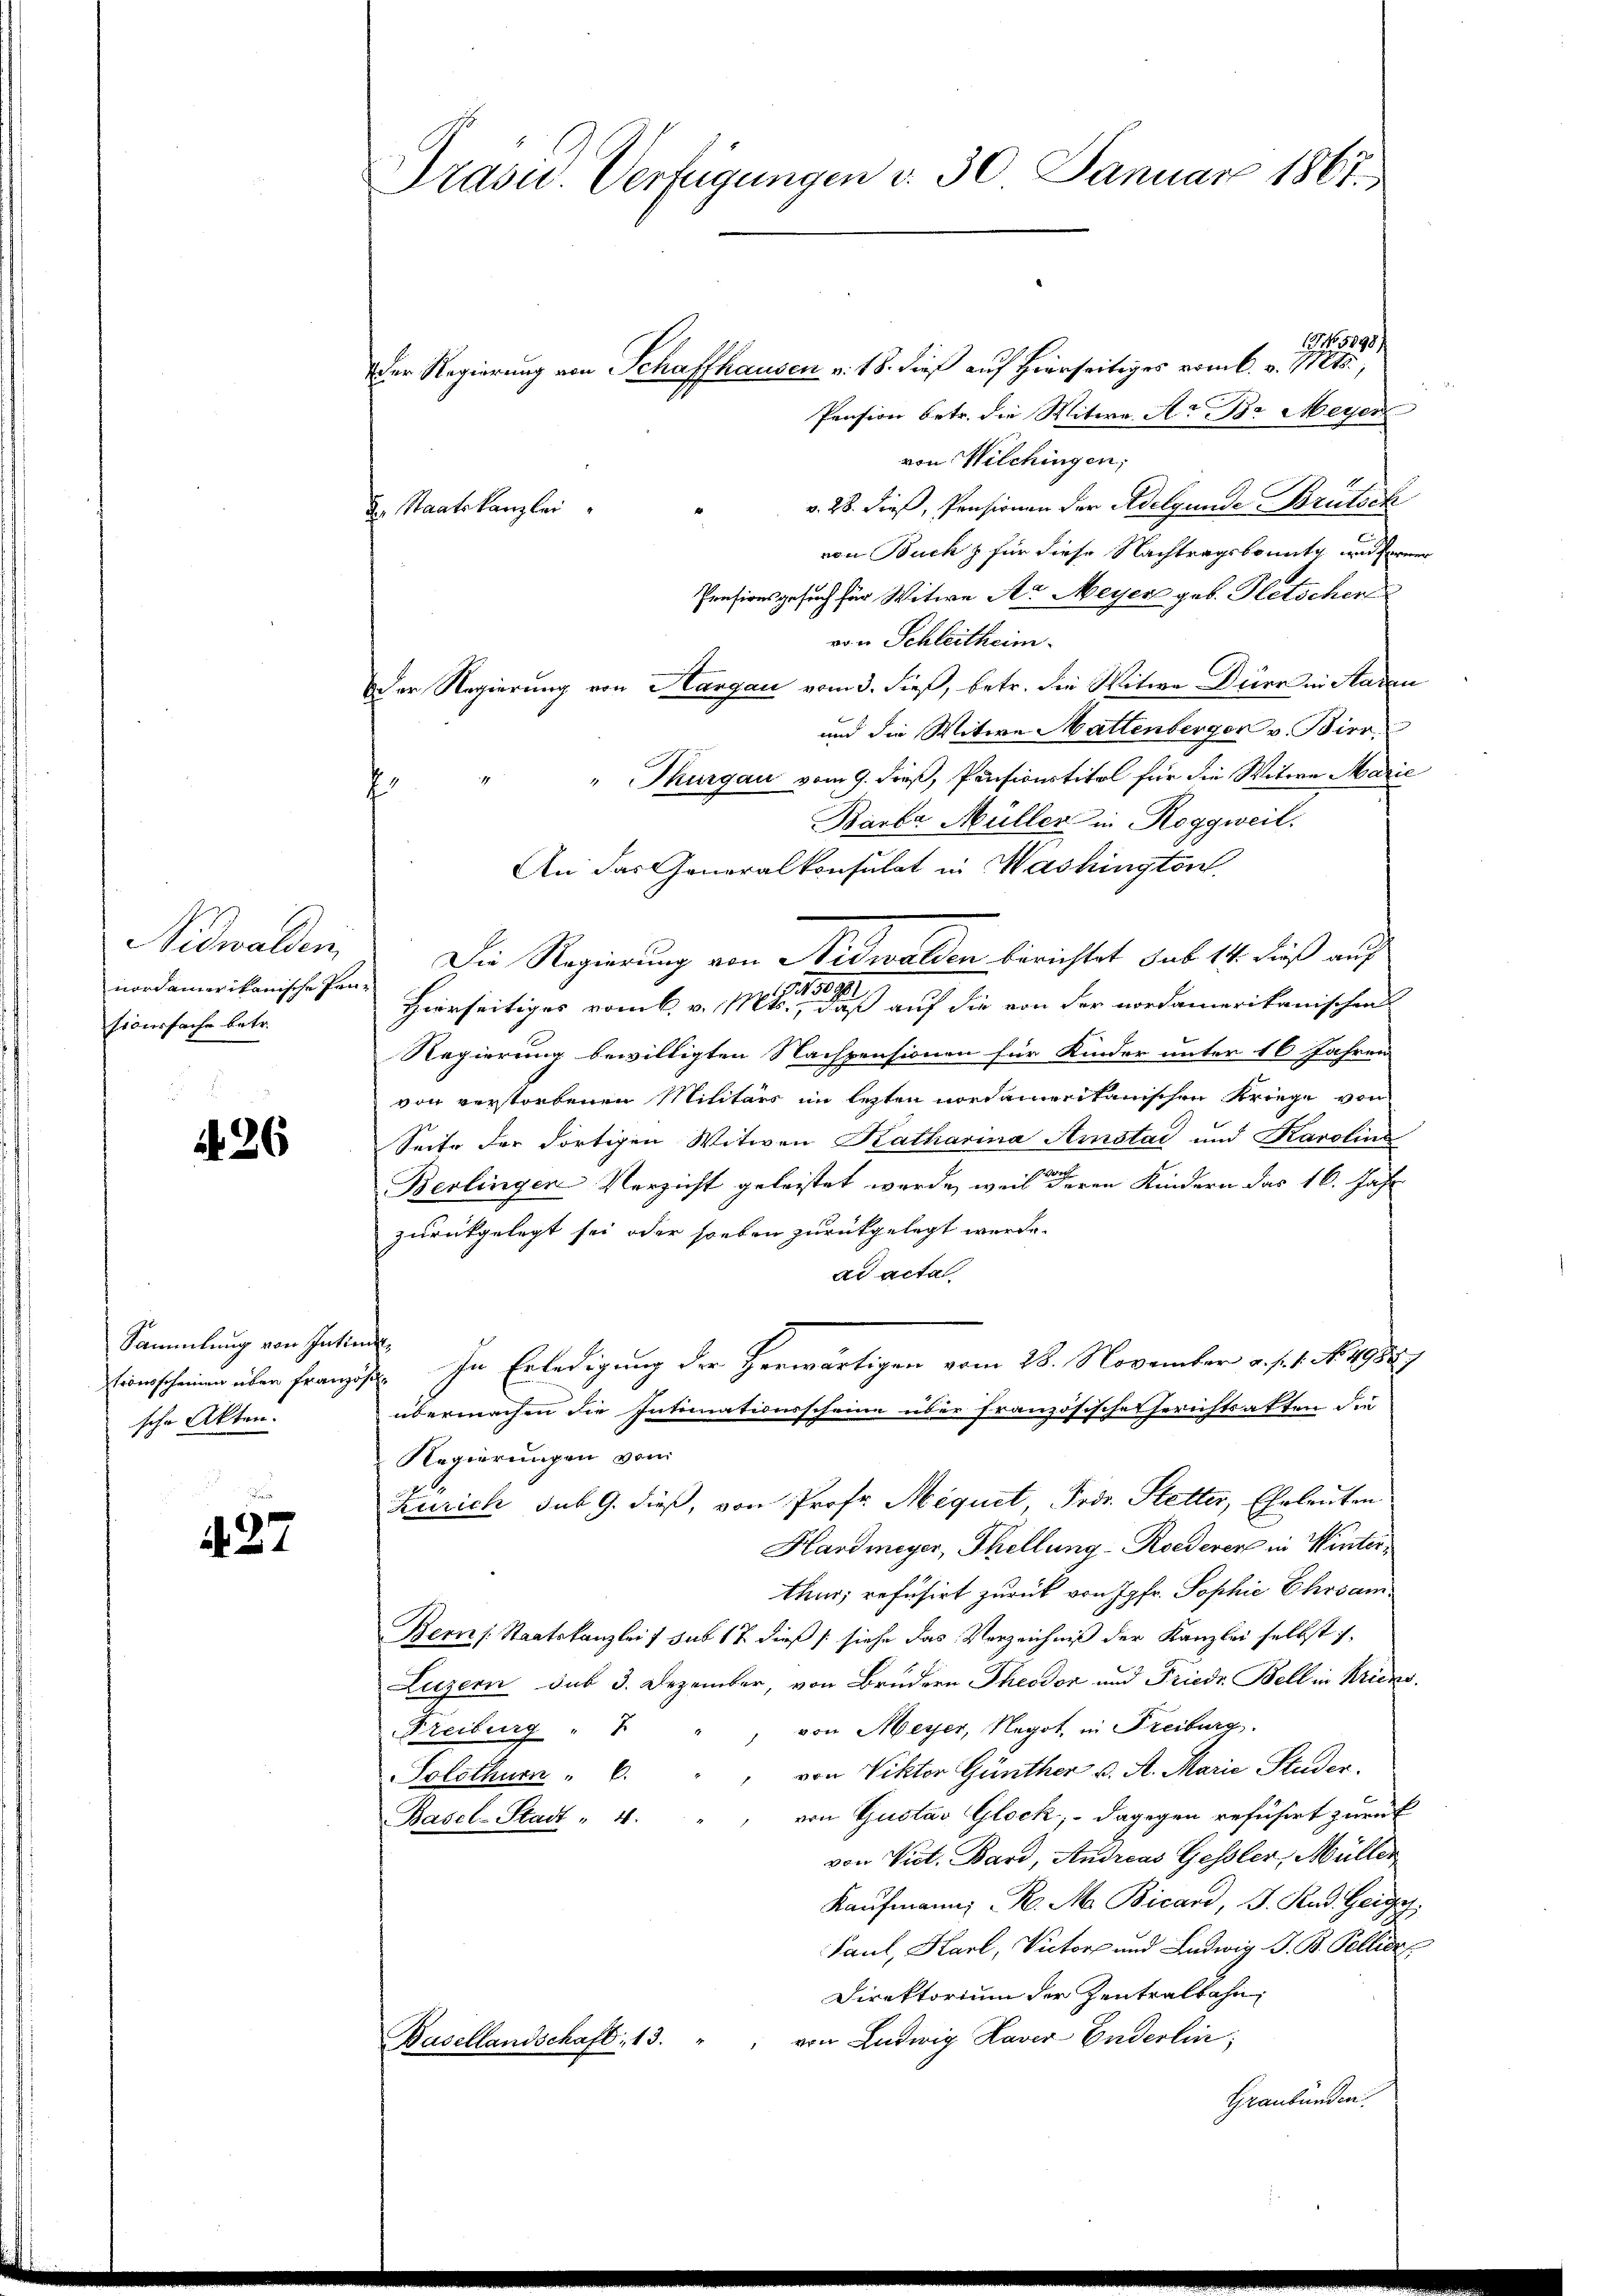
Nidwalden,
nordamerikanische Pensroussache betr.

d 26

Sammlung von Intimitionsscheinen über franzo
sche Akten.

427

Drasu. Verfügungen d. 30. Januar 1867.

9 1898/
Der Regierung von Schaffhausen v. 18. dieß auf Hierseitiges vom 6. v. Mts.,
Pension betr. die Witwe A. B. Meyer
von Wilchingen;
v. 28. dieß, Pensionen der Adelgende Brütsch
de Staatskanzlei
von Buch für diese Nachtragsbounty und ferner
Pensionsgesuch für Witwe A. Meyer geb. Gletschen
von Schleitheim.
Der Regierung von Hangau vom 3. dieß, betr. die Witwe Dürr in Aaren
und die Witwe Mattenberger v. Bier
" Thurgau vom 9. dieß, Pensionstitel für die Witwe Marie
f
Barba Müller in Roggweil.
An das Generalkonsulat in Washington
Die Regierung von Nidwalden berichtet sub 14. dieß auf
Hierseitiger vom 6. v. Mts. eines auf die von der nordamerikanischen
Regierung bewilligten Nachpensionen für Kinder unter 16 Jahren
von verstorbenen Militärs im lezten nordamerikanischen Kriege von
Seite der dortigen Witwen Katharina Amstad und Karolina
Berlingen Verzicht geleistet werde, weil deren Kindern das 16. Jahr
zurückgelegt sei oder soeben zurückgelegt werde.
ad acta
i. In Erledigung der Herwärtigen vom 28. November a. f. 1. No. 1985.
übermachen die Intimationsscheine über französische Gerichtsatten die
Regierungen von
Zürich sub 9. dieß, von Prof. Méquit, Frd. Stetter, Eheleuten
Hardmeyer, Thellung-Roederer in Winterthur, refusirt zurück von Jgfr. Sophie Ehrsam
Bern Staatskanzlei & sub 17 dieß (siehe das Verzeichniß der Kanzlei selbst s
Luzern sub 3. Dezember, von Brüdern Theodor und Friede Bell in Kriegs
Freiburg " " " von Meyer, Negot, in Freiburg.
von Viktor Günther u. A. Marie Studer.
Solothurn " 6.
von Gustav Glock, - dagegen refusirt zurück
Basel-Stadt " 4.
von Vict. Bard, Andreas Gessler, Müller
Kaŭfmann R. M. Bicard, S. Rad Geige
Paul, Karl, Victorp und Ludwig G. B. Pellier
Direktorium der Zentralbahn
Basellandschaft. 13. " " von Ludwig Laver Enderlin,
Graubünden.